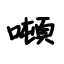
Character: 噸